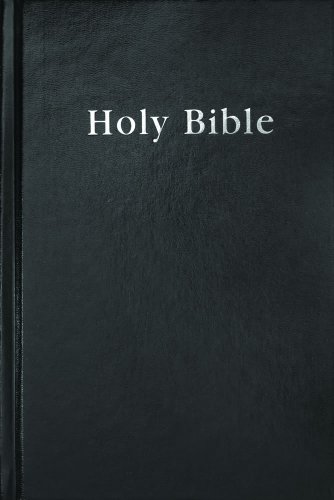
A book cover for New American Standard Bible; Foundation Publication Inc; Christian Books & Bibles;